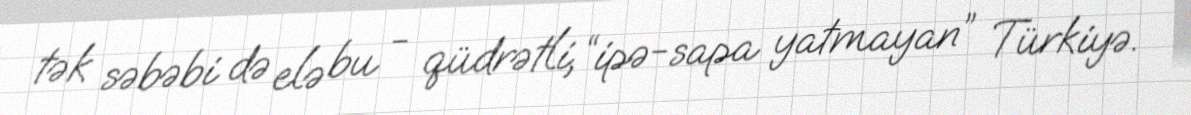
tək səbəbi də elə bu - qüdrətli, “ipə-sapa yatmayan” Türkiyə.